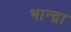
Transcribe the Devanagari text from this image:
भान्द्रा